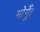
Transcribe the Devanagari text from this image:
भोगूँ।